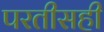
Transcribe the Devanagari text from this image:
परतीसही